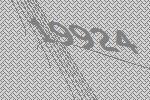
19924